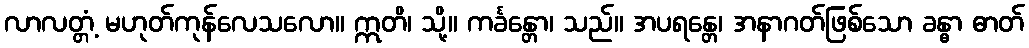
လာလတ္တံ့ မဟုတ်ကုန်လေသလော။ ဣတိ၊ သို့။ ကင်္ခန္တော၊ သည်။ အပရန္တေ၊ အနာဂတ်ဖြစ်သော ခန္ဓာ ဓာတ်